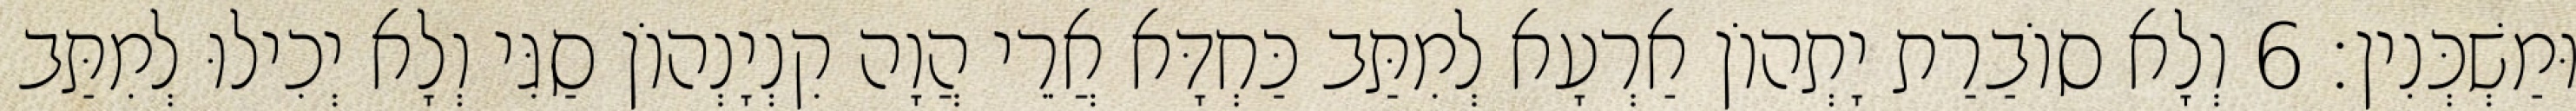
וּמַשְׁכְּנִין׃ 6 וְלָא סוֹבַרַת יָתְהוֹן אַרְעָא לְמִתַּב כַּחְדָּא אֲרֵי הֲוָה קִנְיָנְהוֹן סַגִּי וְלָא יְכִילוּ לְמִתַּב